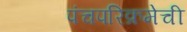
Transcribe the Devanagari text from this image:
पंचपरिक्रमेची